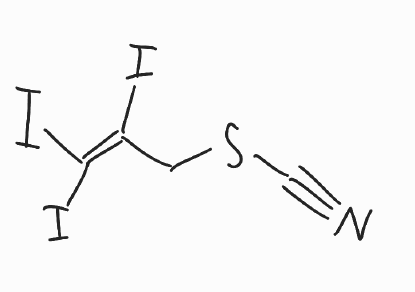
Simplified molecular-input line-entry system (SMILES) notation of the given molecule:
C(C(=C(I)I)I)SC#N